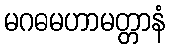
မဂဓမဟာမတ္တာနံ